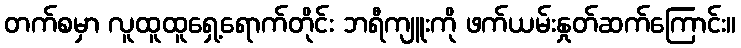
တက်စမှာ လူထူထူရှေ့ရောက်တိုင်း ဘရီကျူးကို ဖက်ယမ်းနှုတ်ဆက်ကြောင်း။